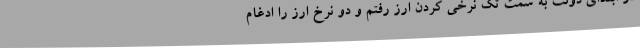
در ابتدای دولت به سمت تک نرخی کردن ارز رفتم و دو نرخ ارز را ادغام